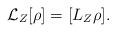
LaTeX: \begin{align*} {\cal L}_Z [\rho] = [L_Z \rho].\end{align*}